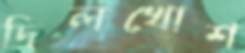
দিলখোশ